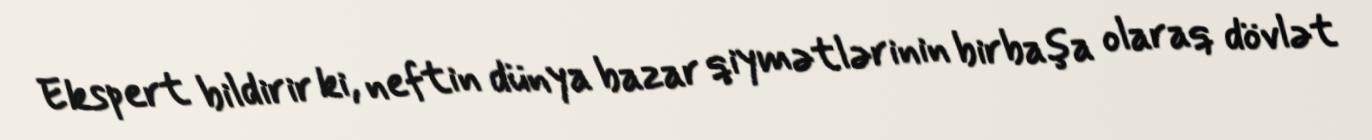
Ekspert bildirir ki, neftin dünya bazar qiymətlərinin birbaşa olaraq dövlət